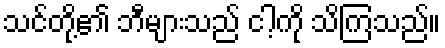
သင်တို့၏ ဘီများသည် ငါ့ကို သိကြသည်။